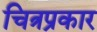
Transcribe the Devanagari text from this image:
चित्रप्रकार